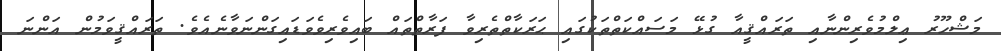
މަޝްހޫރު ޢިލްމުވެރިންނާއި ތަރައްޤީއާ ގުޅޭ މަސައްކަތްތަކުގައި ޙަރަކާތްތެރިވާ ފަރާތްތައް ބައިވެރިވެވަޑައިގަންނަވާނެއެވެ. ތަރައްޤީވަމުން އަންނަ